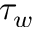
\tau _ { w }